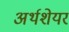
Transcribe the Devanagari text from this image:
अर्थशेयर